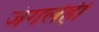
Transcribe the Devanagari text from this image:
जंगलेही